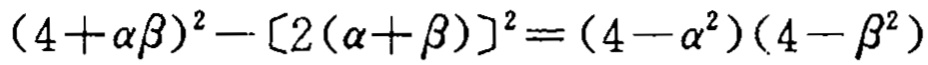
\((4 + \alpha\beta)^2 - [2(\alpha + \beta)]^2 = (4 - \alpha^2)(4 - \beta^2)\)